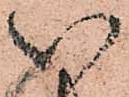
い